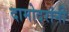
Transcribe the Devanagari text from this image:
दामोदरांनी